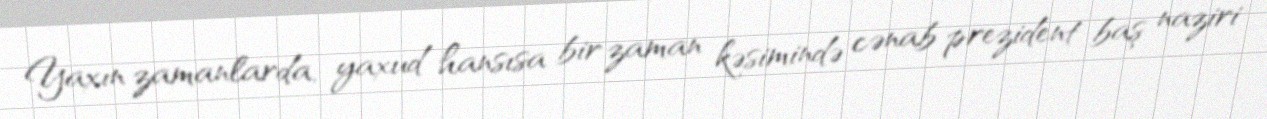
Yaxın zamanlarda, yaxud hansısa bir zaman kəsimində cənab prezident baş naziri